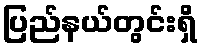
ပြည်နယ်တွင်းရှိ